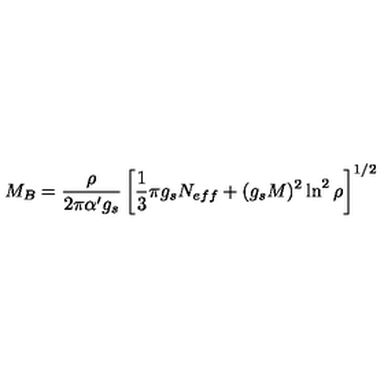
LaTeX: M _ { B } = \frac { \rho } { 2 \pi \alpha ^ { \prime } g _ { s } } \left[ \frac { 1 } { 3 } \pi g _ { s } N _ { e f f } + ( g _ { s } M ) ^ { 2 } \ln ^ { 2 } \rho \right] ^ { 1 / 2 }